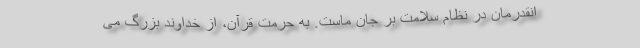
انقدرمان در نظام سلامت بر جان ماست. به حرمت قرآن، از خداوند بزرگ می